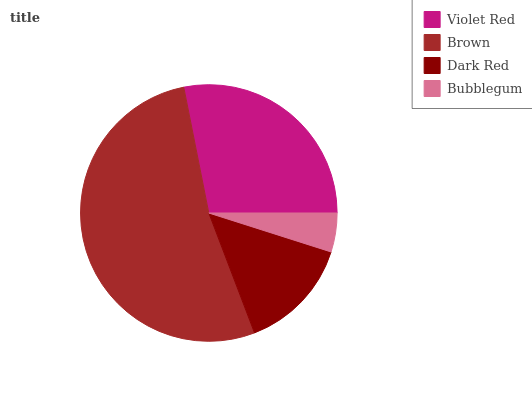
| Violet Red | Brown | Dark Red | Bubblegum |
 | --- | --- | --- | --- |
 | 28.2% | 52.6% | 14.3% | 4.9% |